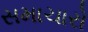
સમાચારો